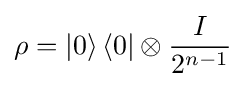
\rho =\left|0\right\rangle \langle 0|\otimes {\frac {I}{2^{n-1}}}